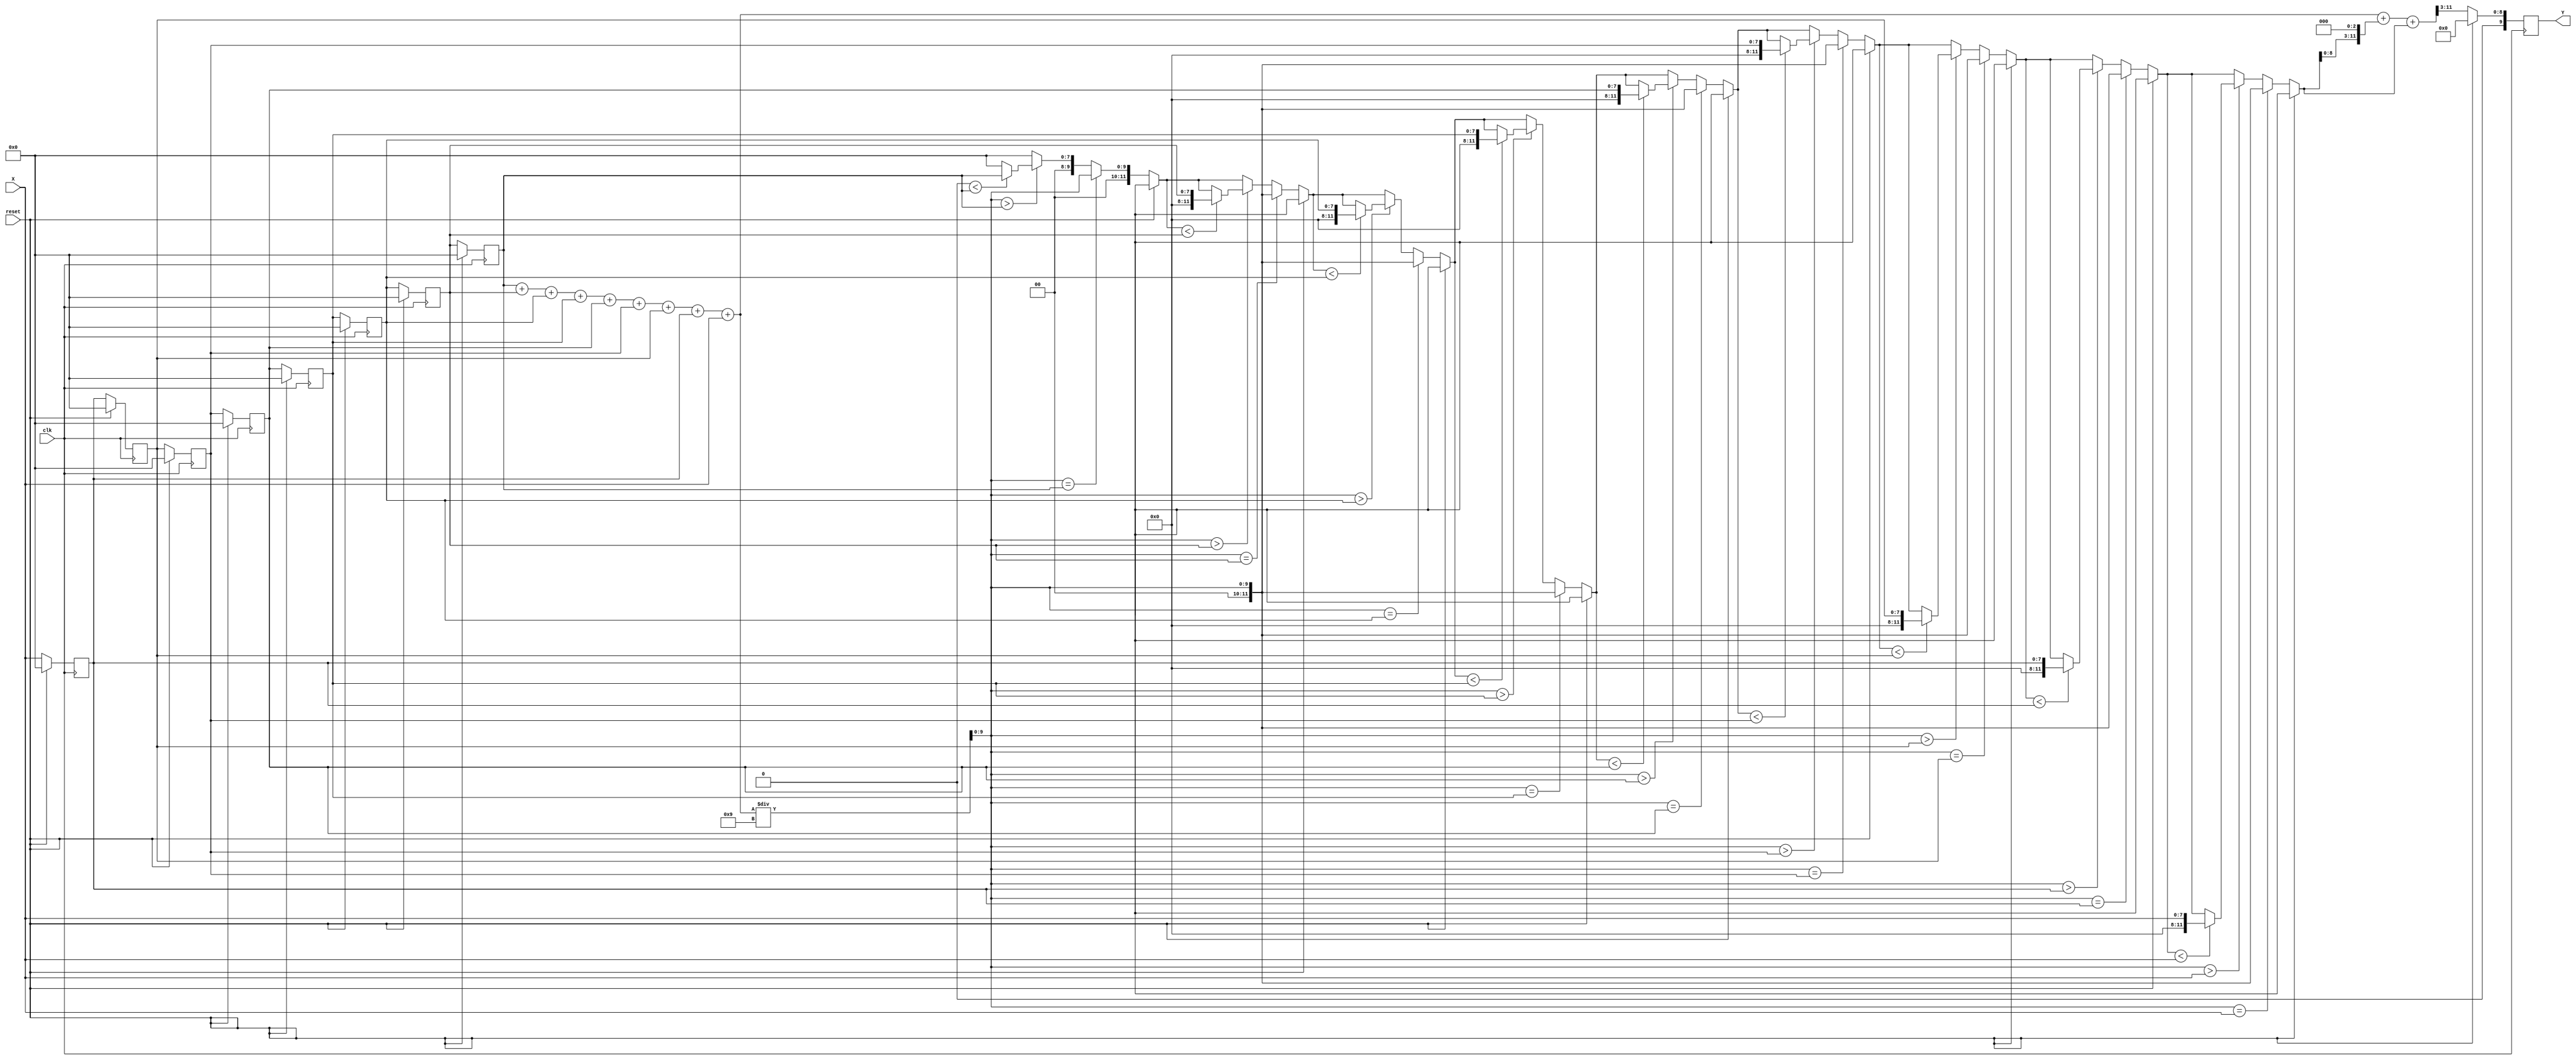
`timescale 1ns/10ps
/*
 * IC Contest Computational System (CS)
*/
module CS(Y, X, reset, clk);

input clk, reset; 
input [7:0] X;
reg [7:0] x[8:0];
reg [9:0] xavg;
reg [11:0] tmp;
reg [11:0] sum;
reg [11:0] tmpy;
integer i;
output reg [9:0] Y;
always@(posedge clk)
begin
  if(reset == 1)
  begin
    Y = 10'b0000000000;
    x[0] = 8'b00000000;
    x[1] = 8'b00000000;
    x[2] = 8'b00000000;
    x[3] = 8'b00000000;
    x[4] = 8'b00000000;
    x[5] = 8'b00000000;
    x[6] = 8'b00000000;
    x[7] = 8'b00000000;
    x[8] = 8'b00000000;
    xavg = 10'b0000000000;
    tmp = 12'b000000000000;
    sum = 12'b000000000000;
    tmpy = 12'b000000000000;
    //i = 4'b0000;
  end
  else
  begin
  x[0] = x[1];
  x[1] = x[2];
  x[2] = x[3];
  x[3] = x[4];
  x[4] = x[5];
  x[5] = x[6];
  x[6] = x[7];
  x[7] = x[8];
  x[8] = X;
  // 828 92 62
  sum = x[0] + x[1] + x[2] + x[3] + x[4] + x[5] + x[6] + x[7] + x[8];
  xavg = sum / 9;
  tmp = 12'b000000000000;
  
  for(i = 0; i < 9; i = i+1)
  begin
    if(xavg == x[i])
    begin
        tmp = xavg;
    end
    else 
    begin
      if(xavg > x[i])
      begin
        if(tmp < x[i])
        begin
          tmp = x[i];
        end
        else
        begin
          tmp = tmp;
        end
      end
      else
      begin
          tmp = tmp;
      end
    end
  end
  tmpy = sum + (tmp << 3) + tmp;
  tmpy = tmpy >> 3;
  Y = tmpy;
  end
end
 
endmodule